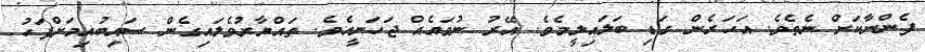
ފެންނާކަށް ނެތެވެ. އަހަރެން ގަޑި ބަލައިލީމެވެ. އޭރު ނުވައެއް ޖަހަނީއެވެ. ތައްޔާރުވެލައިގެން ސައިބުއިމަށްފަހު